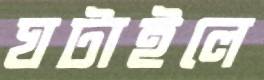
ঘটাইলে